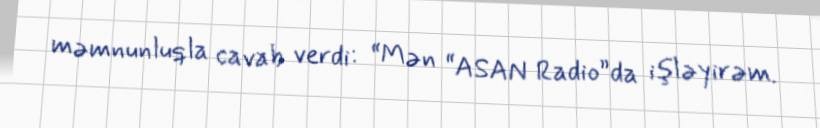
məmnunluqla cavab verdi: “Mən “ASAN Radio”da işləyirəm.